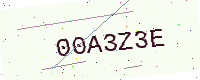
Text: 00A3Z3E